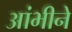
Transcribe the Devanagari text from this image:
आंभीने